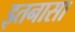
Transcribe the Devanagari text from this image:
इतनासा